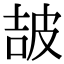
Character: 𤿠